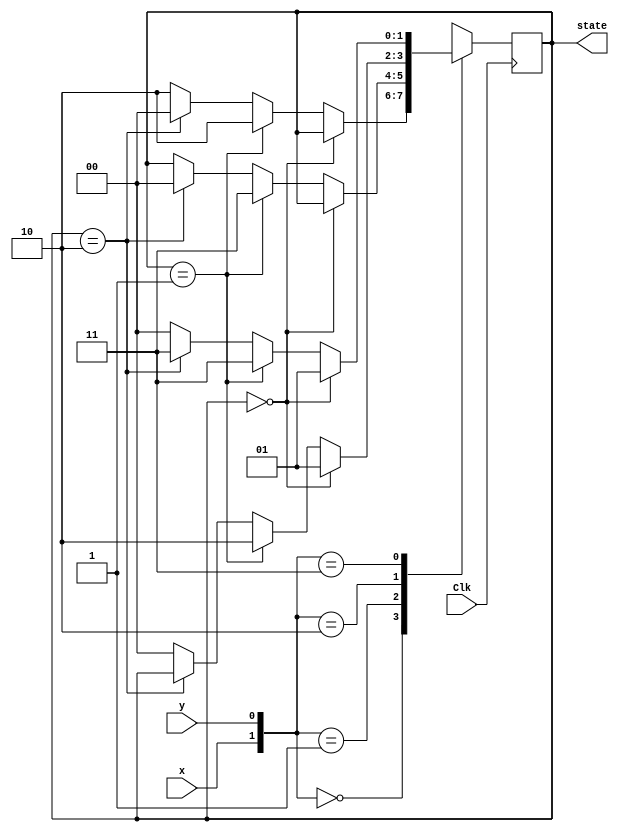
module exercise_8_10 (output reg [1:0] state, input x, y, Clk);
    initial state = 2'b00;
    always @ (posedge Clk) begin
        case ({x,y})
            2'b00: begin if (state == 2'b00) state <= state; 
                else if (state == 2'b01) state <= 2'b10; 
                else if (state == 2'b10) state <= 2'b00; 
                else state <= 2'b10;
                end
            2'b01: begin if (state == 2'b00) state <= state;
                    else if (state == 2'b01) state <= 2'b11;
                    else if (state == 2'b10) state <= 2'b00;
                    else state <= state;
                    end
            2'b10: begin if (state == 2'b00) state <= 2'b01;
                    else if (state == 2'b01) state <= 2'b10;
                    else if (state == 2'b10) state <= state;
                    else state <= 2'b00;
                    end
            2'b11: begin if (state == 2'b00) state <= 2'b01;
                    else if (state == 2'b01) state <= 2'b11;
                    else if (state == 2'b10) state <= 2'b11;
                    else state <= 2'b00;
                    end
        endcase
    end
endmodule